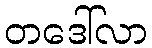
တဒေါ်လာ